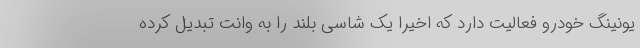
یونینگ خودرو فعالیت دارد که اخیرا یک شاسی بلند را به وانت تبدیل کرده